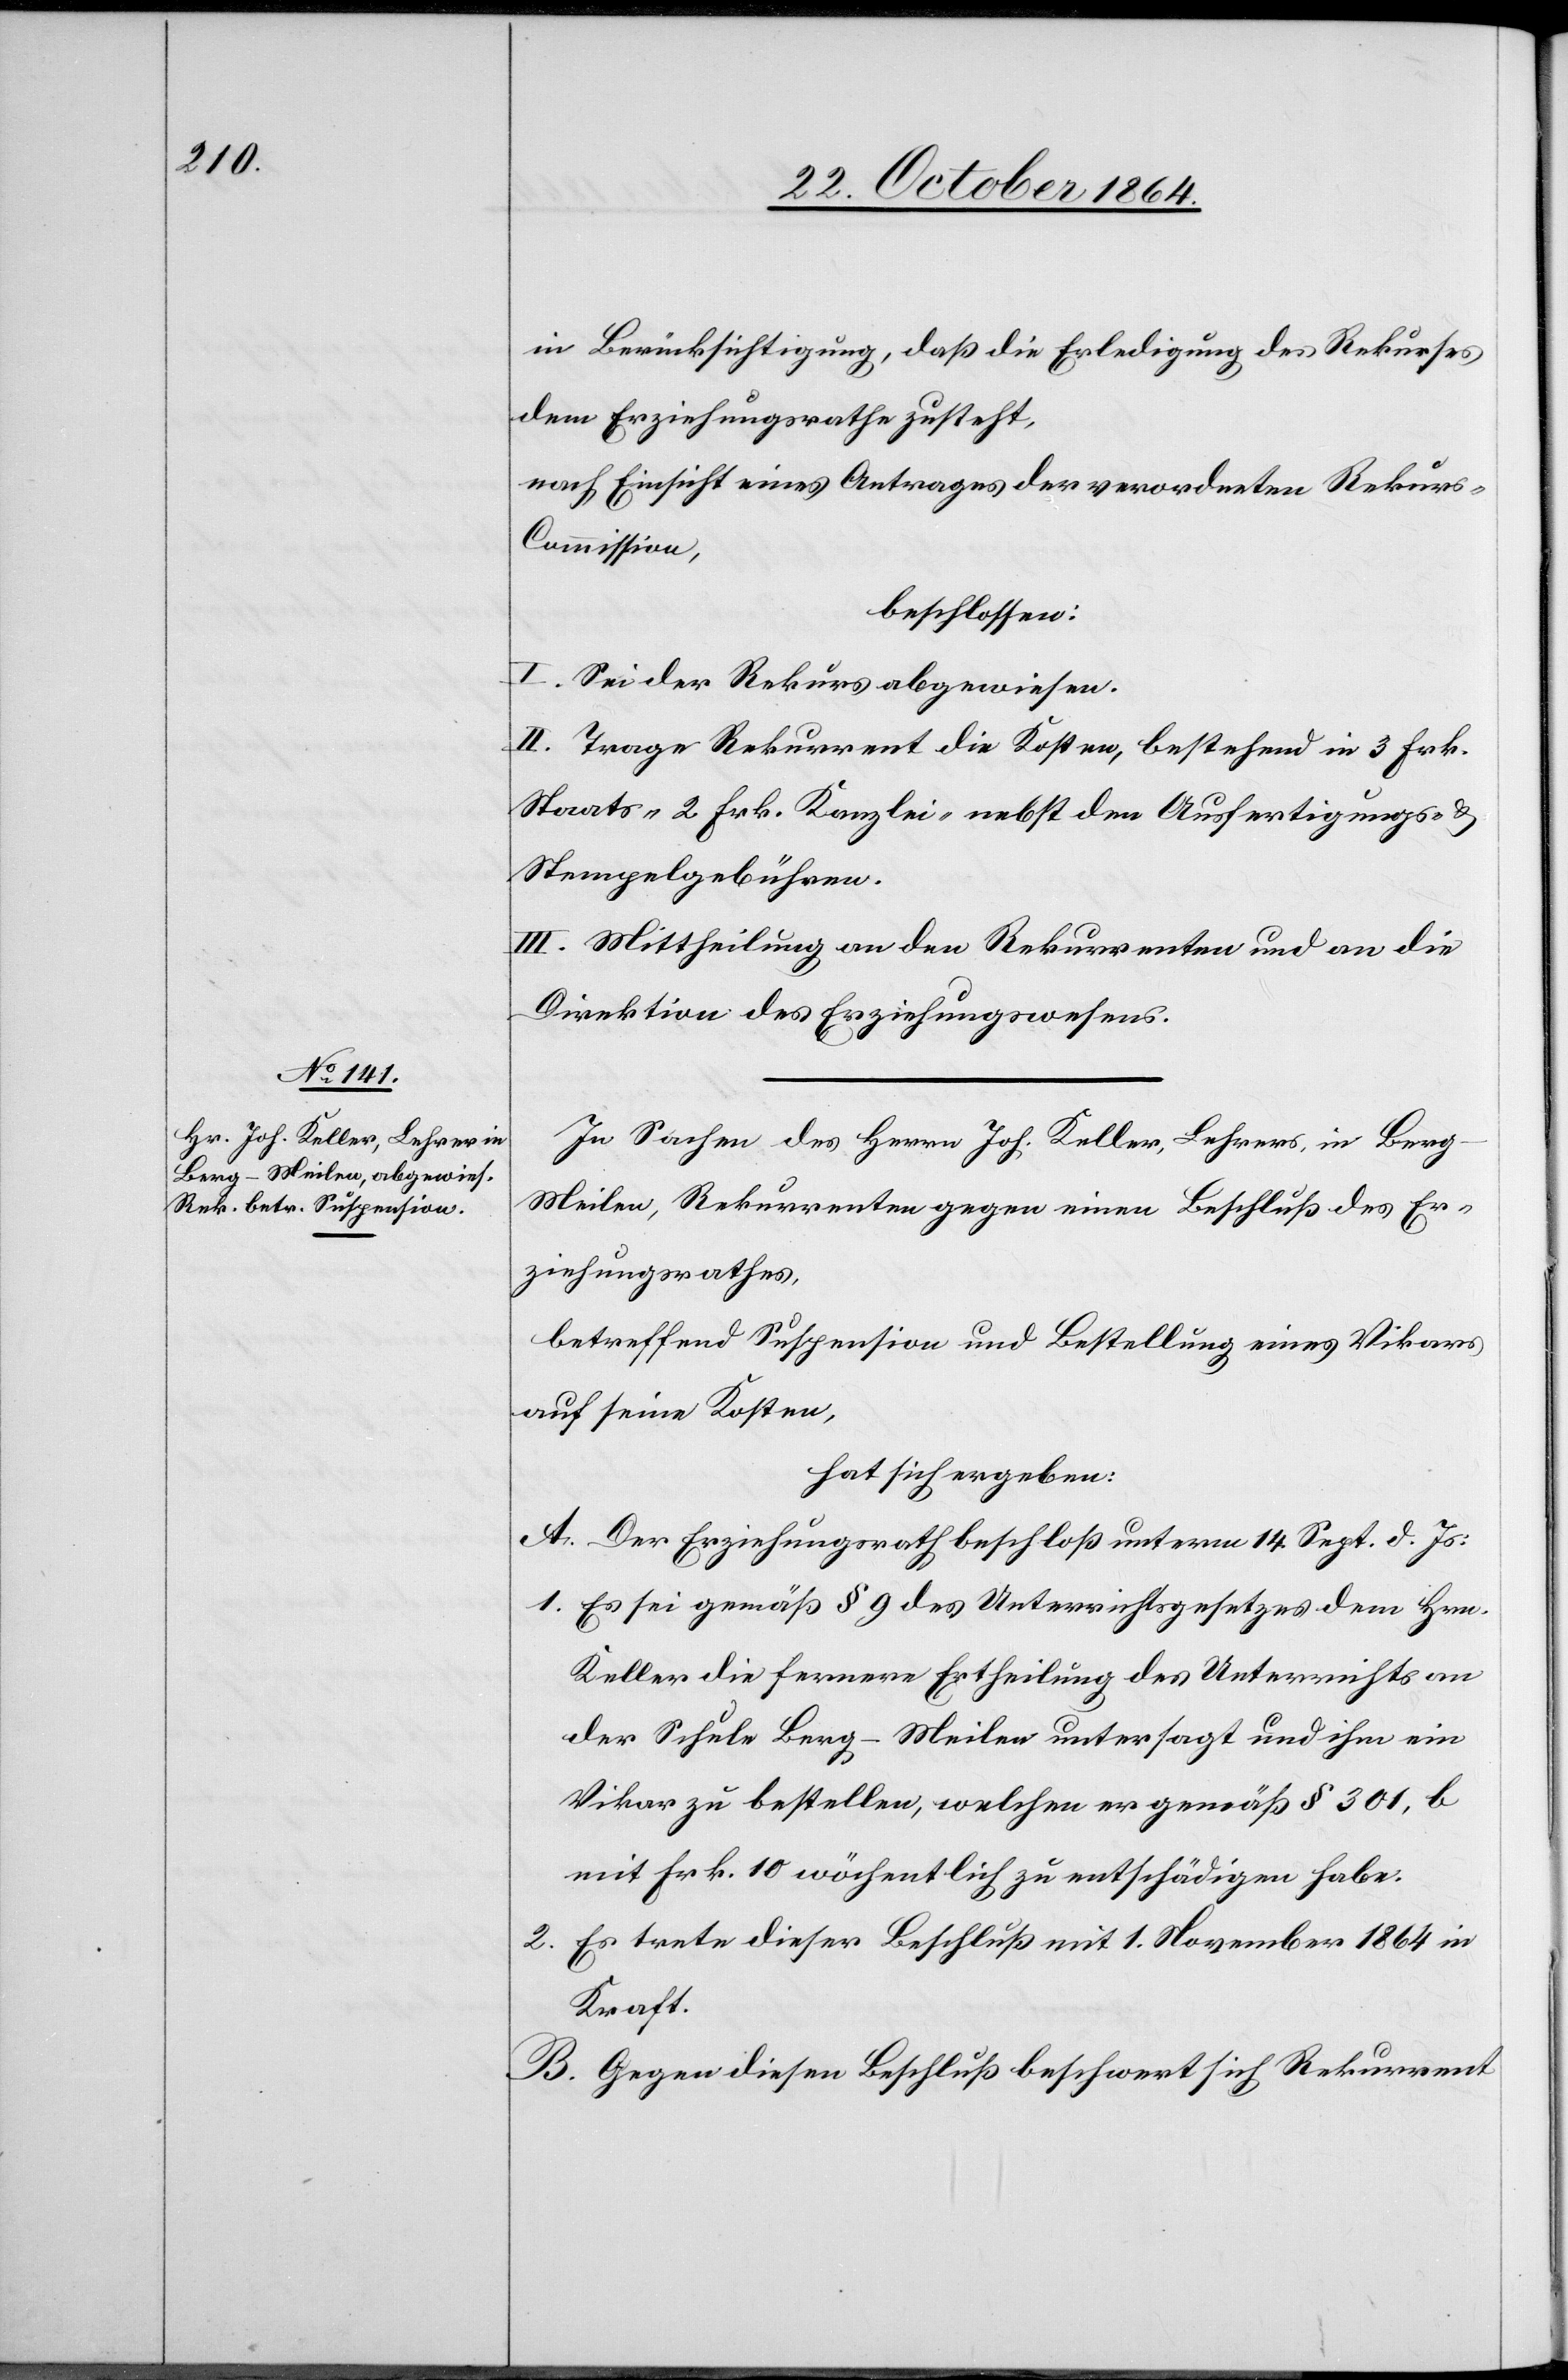
in Berücksichtigung, daß die Erledigung des Rekurses
dem Erziehungsrathe zusteht,
nach Einsicht eines Antrages der verordneten Rekur¬
s-Commission,
beschlossen:
I. Sei der Rekurs abgewiesen.
II. Trage Rekurrent die Kosten, bestehend in 3 Frk.
Staats- 2 Frk. Kanzlei- nebst den Ausfertigungs- &
Stempelgebühren.
III. Mittheilung an den Rekurrenten und an die
Direktion des Erziehungswesens.
In Sachen des Herrn Joh. Keller, Lehrers, in Ber¬
g-Meilen, Rekurrenten gegen einen Beschluß des Er¬
ziehungsrathes,
betreffend Suspension und Bestellung eines Vikars
auf seine Kosten,
hat sich ergeben:
A. Der Erziehungsrath beschloß unterm 14. Sept. d. Js.:
1. Es sei gemäß § 9 des Unterrichtsgesetzes dem Hrn.
Keller die fernere Ertheilung des Unterrichts an
der Schule Berg-Meilen untersagt und ihm ein
Vikar zu bestellen, welchen er gemäß § 301, b
mit Frk. 10 wöchentlich zu entschädigen habe.
2. Es trete dieser Beschluß mit 1. November 1864 in
Kraft.
B. Gegen diesen Beschluß beschwert sich Rekurrent